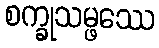
စက္ခုသမ္ဖဿေ